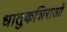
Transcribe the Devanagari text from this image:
धातुकशिराओं